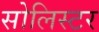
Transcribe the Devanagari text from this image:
सोलिस्टर